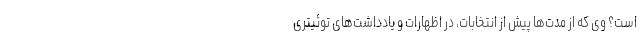
است؟ وی که از مدت‌ها پیش از انتخابات، در اظهارات و یادداشت‌های توئیتری